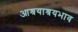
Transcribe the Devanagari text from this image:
आश्रयाश्रयभाव